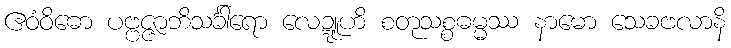
ဧဝံဝိဓော ပဗ္ဗဇ္ဇာဘိသင်္ခါရော လေဍ္ဍူဟိ စတုသစ္စဓမ္မဿ နာမော သေခဗလာနိ